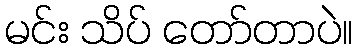
မင်း သိပ် တော်တာပဲ။